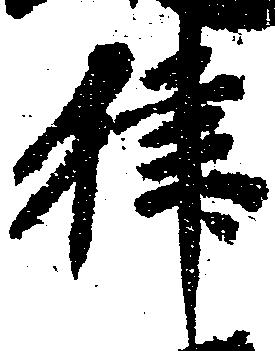
律